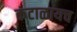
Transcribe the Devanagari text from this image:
कंटाळायच